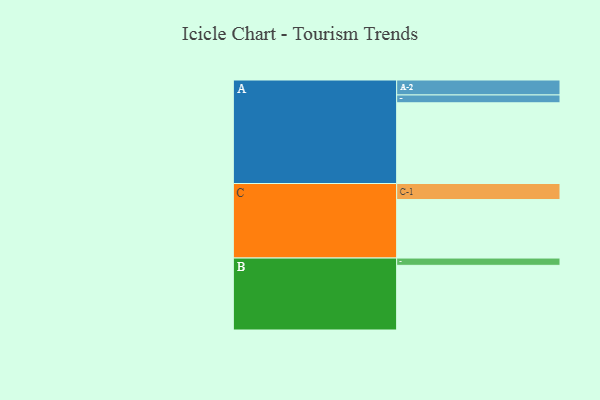
{"axis": {"x": "Segment", "y": "Value"}, "legend": ["", "A", "B", "C"], "data": [{"x": "A", "y": 588, "type": ""}, {"x": "B", "y": 471, "type": ""}, {"x": "C", "y": 426, "type": ""}, {"x": "A-1", "y": 57, "type": "A"}, {"x": "A-2", "y": 109, "type": "A"}, {"x": "B-1", "y": 53, "type": "B"}, {"x": "C-1", "y": 117, "type": "C"}]}